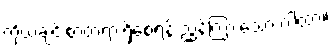
ကိုယ်ချင်းစာတရားရှိစေရန် ညွှန်ကြားသော ဂါထာ။